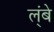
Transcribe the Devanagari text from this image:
ल्ंबे